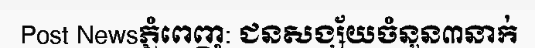
Post Newsភ្នំពេញ: ជនសង្ស័យចំនួន៣នាក់